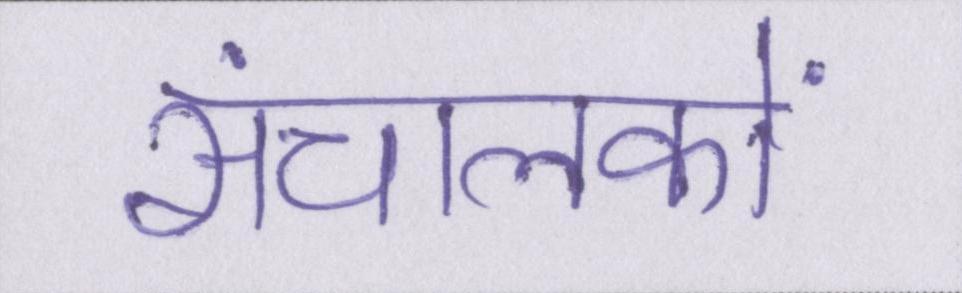
संचालकों